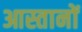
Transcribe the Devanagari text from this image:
आस्तानों